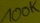
Text: 100K